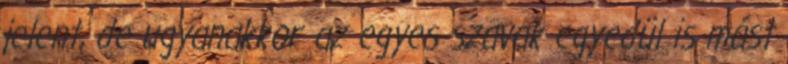
jelent, de ugyanakkor az egyes szavak egyedül is mást